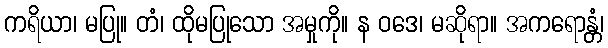
ကရိယာ၊ မပြု။ တံ၊ ထိုမပြုသော အမှုကို။ န ဝဒေ၊ မဆိုရာ။ အကရောန္တံ၊